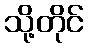
သို့တိုင်